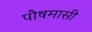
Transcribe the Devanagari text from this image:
पौषमासी